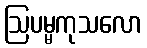
ဩပမ္မကုသလော